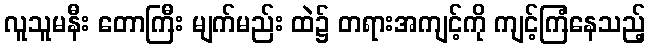
လူသူမနီး တောကြီး မျက်မည်း ထဲ၌ တရားအကျင့်ကို ကျင့်ကြံနေသည့်